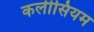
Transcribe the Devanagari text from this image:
कलीसियम